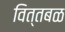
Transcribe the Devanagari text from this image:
वित्तबळ